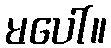
မပေါ်။